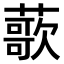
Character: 𫉸